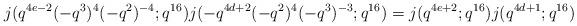
LaTeX: \begin{align*} &j(q^{4e-2}(-q^3)^4(-q^2)^{-4};q^{16})j(-q^{4d+2}(-q^2)^4(-q^3)^{-3};q^{16}) = j(q^{4e+2};q^{16})j(q^{4d+1};q^{16})\end{align*}